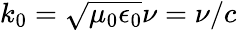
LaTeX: k_{0}=\sqrt{\mu_{0}\epsilon_{0}}\nu=\nu/c